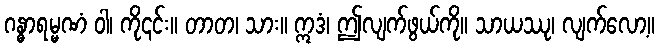
ဂန္ဓာရမ္မဏံ ဝါ၊ ကို၎င်း။ တာတ၊ သား။ ဣဒံ၊ ဤလျက်ဖွယ်ကို။ သာယဿု၊ လျက်လော့။